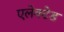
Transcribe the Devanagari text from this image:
एलेक्टेड